Scottish Leaving Certificate Examination, 1960
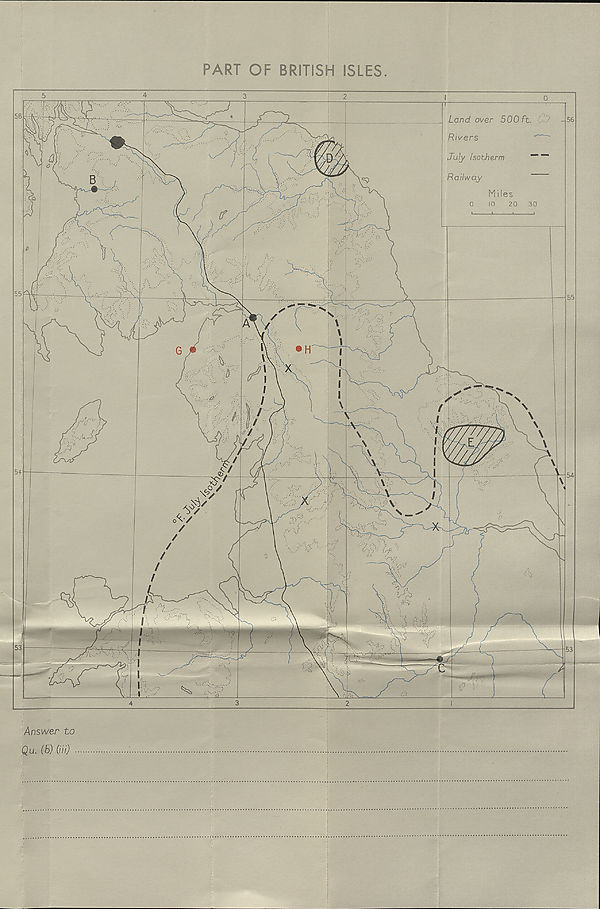
PART OF BRITISH ISLES.
Miles
o
10 20 30
I
L.
1
J
Land over 500 ft.
Rivers
'
July Isotherm
“■ “
Railway
Answer to
Qu. (b) (Hi)